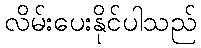
လိမ်းပေးနိုင်ပါသည်